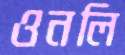
ওনলি